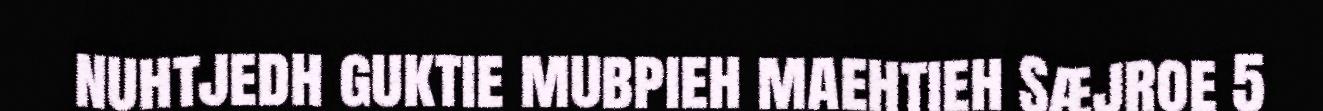
nuhtjedh guktie mubpieh maehtieh Sæjroe 5